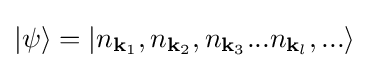
|\psi \rangle =|n_{{\mathbf {k} }_{1}},n_{{\mathbf {k} }_{2}},n_{{\mathbf {k} }_{3}}...n_{{\mathbf {k} }_{l}},...\rangle